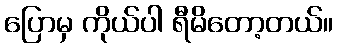
ပြောမှ ကိုယ်ပါ ရီမိတော့တယ်။